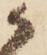
候